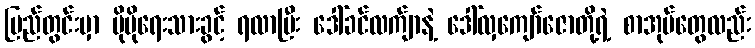
ပြည်တွင်းမှာ ပိုမိုရေးသားခွင့် ရလာပြီး ဒေါ်ခင်လက်ျာနဲ့ ဒေါ်လှကျော်ဇောတို့ရဲ့ စာအုပ်တွေလည်း